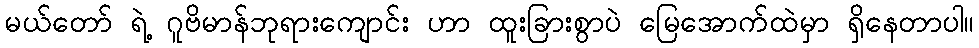
မယ်တော် ရဲ့ ဂူဗိမာန်ဘုရားကျောင်း ဟာ ထူးခြားစွာပဲ မြေအောက်ထဲမှာ ရှိနေတာပါ။